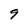
Character: 9